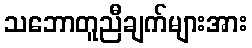
သဘောတူညီချက်များအား